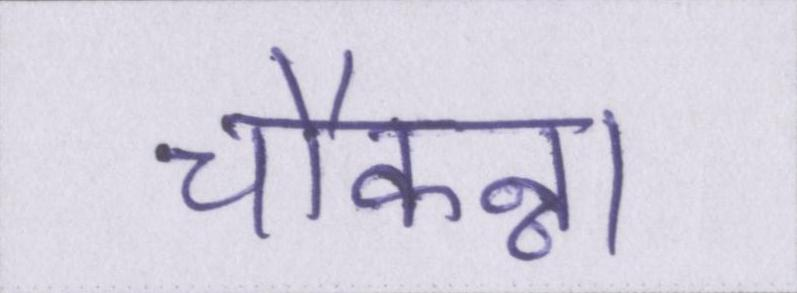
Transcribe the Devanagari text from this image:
चौकन्ना